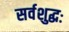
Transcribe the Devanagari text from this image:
सर्वशुद्धः